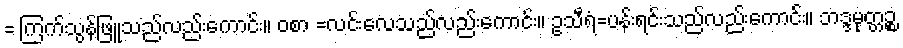
= ကြက်သွန်ဖြူသည်လည်းကောင်း။ ဝစာ =လင်းလေသည်လည်းကောင်း။ ဥသီရံ=ပန်းရင်းသည်လည်းကောင်း။ ဘဒ္ဒမုတ္တဉ္စ